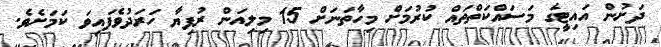
ދަށުން އައިޓީގެ މަސައްކަތްތައް ކުރުމަށް މިހާތަނަށް 15 މިލިއަން ރުފިޔާ ހަރަދުވެފައިވަ ކަމަށެވެ.